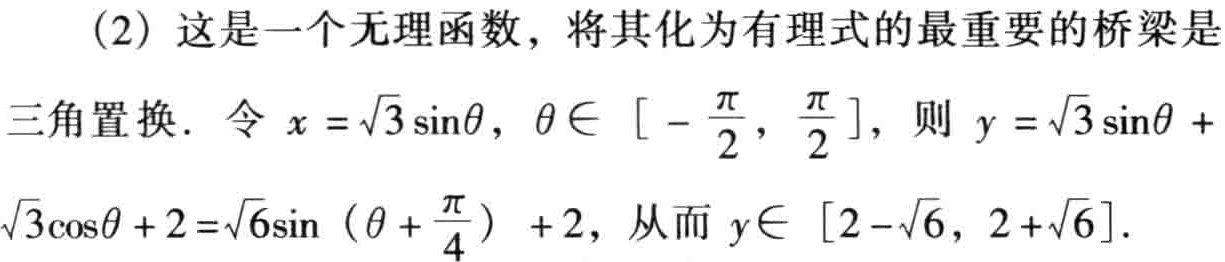
（2）这是一个无理函数，将其化为有理式的最重要的桥梁是
三角置换. 令 \(x = \sqrt{3} \sin\theta\)，\(\theta\in [ - \frac{\pi}{2}, \frac{\pi}{2}]\)，则 \(y = \sqrt{3} \sin\theta + \sqrt{3} \cos\theta + 2=\sqrt{6}\sin (\theta + \frac{\pi}{4}) + 2\)，从而 \(y\in [2 - \sqrt{6}, 2 + \sqrt{6}]\).